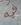
فيه